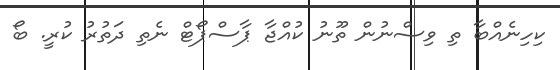
ކިހިނެއްބާ ތި ވިސްނުން ތޫނު ކުއްޖާ ޕާސްޕޯޓް ނެތި ދަތުރު ކުރީ. ބޯ